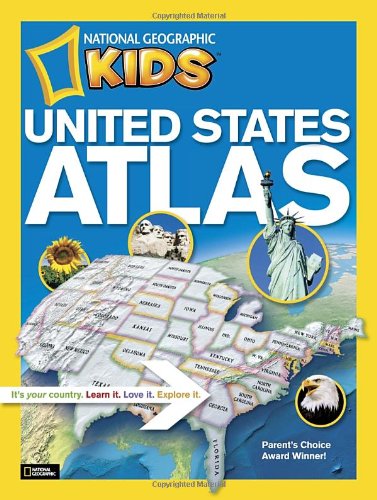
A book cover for National Geographic Kids United States Atlas; National Geographic; Reference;